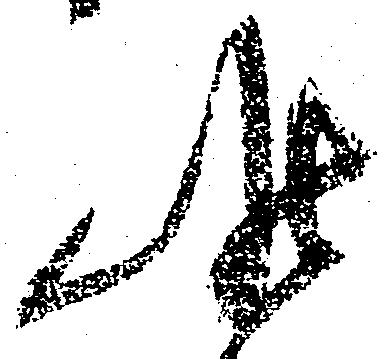
候